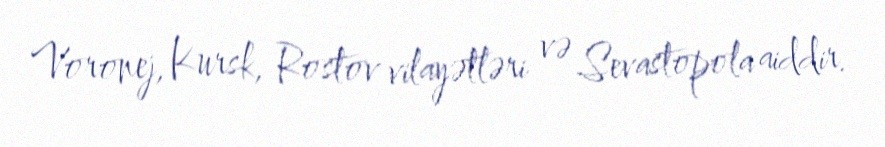
Voronej, Kursk, Rostov vilayətləri və Sevastopola aiddir.